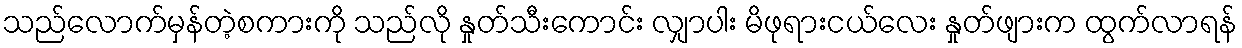
သည်လောက်မှန်တဲ့စကားကို သည်လို နှုတ်သီးကောင်း လျှာပါး မိဖုရားငယ်လေး နှုတ်ဖျားက ထွက်လာရန်